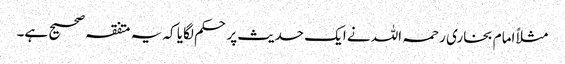
مثلاً امام بخاری رحمہ اللہ نے ایک حدیث پر حکم لگایا کہ یہ متفقہ صحیح ہے۔